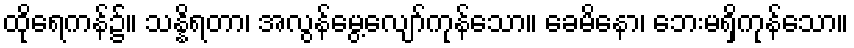
ထိုရေကန်၌။ သန္နိရတာ၊ အလွန်မွေ့လျော်ကုန်သော။ ခေမိနော၊ ဘေးမရှိကုန်သော။